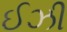
ઈઝી